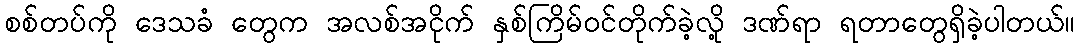
စစ်တပ်ကို ဒေသခံ တွေက အလစ်အငိုက် နှစ်ကြိမ်ဝင်တိုက်ခဲ့လို့ ဒဏ်ရာ ရတာတွေရှိခဲ့ပါတယ်။